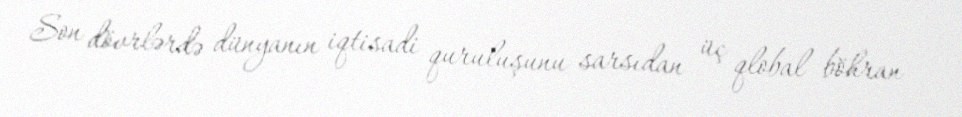
Son dövrlərdə dünyanın iqtisadi quruluşunu sarsıdan üç qlobal böhran